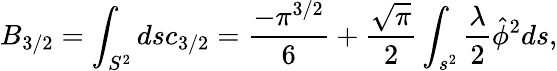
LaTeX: B_{3/2}=\int_{S^{2}}dsc_{3/2}=\frac{-\pi^{3/2}}{6}+\frac{\sqrt{\pi}}{2}\int_{s^{2}}\frac{\lambda}{2}\hat{\phi}^{2}ds,